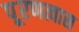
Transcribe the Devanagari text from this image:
पू्रणत्वास